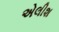
એલીશ